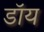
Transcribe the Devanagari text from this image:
डॉय